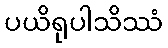
ပယိရုပါသိဿံ